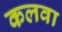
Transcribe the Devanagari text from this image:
कलवा